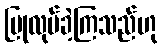
ပြုလုပ်ခဲ့ကြသည်ဟု